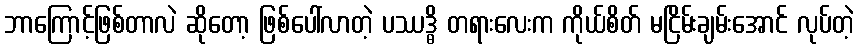
ဘာကြောင့်ဖြစ်တာလဲ ဆိုတော့ ဖြစ်ပေါ်လာတဲ့ ပဿဒ္ဓိ တရားလေးက ကိုယ်စိတ် မငြိမ်းချမ်းအောင် လုပ်တဲ့